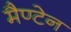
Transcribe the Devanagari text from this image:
मैण्टेन